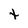
Character: t